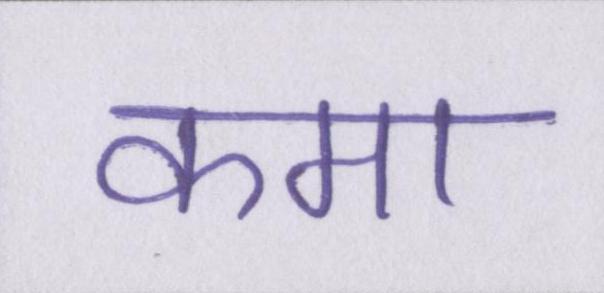
कमा